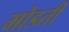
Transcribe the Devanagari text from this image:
मोडती